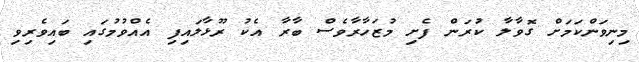
މިނިވަންކަމަށް ގޮވާލާ ކުރަން ފެށި މުޒަހާރާވެސް ބާރާ އެކު ރޫޅާލައިފި އެއްވުމުގައި ބައިވެރިވި